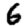
Digit: 6